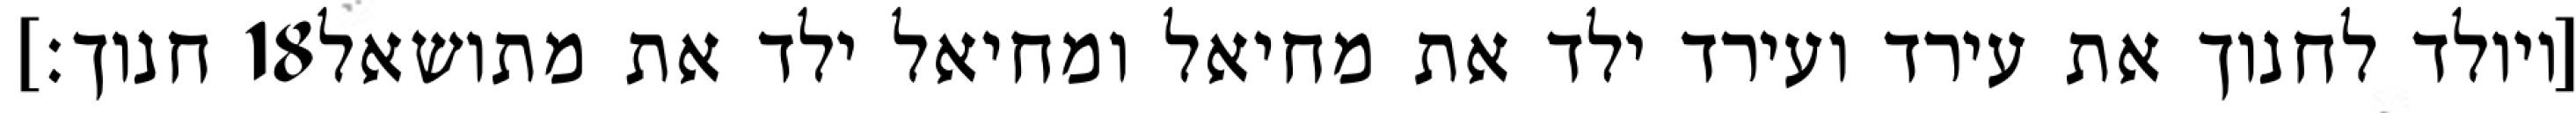
חנוך׃] ‎18‏ [ויולד לחנוך את עירד ועירד ילד את מחיאל ומחיאל ילד את מתושאל